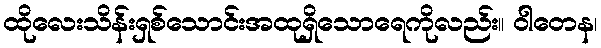
ထိုလေးသိန်းရှစ်သောင်းအထုရှိသောရေကိုလည်း။ ဝါတေန၊